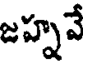
జహ్నవే